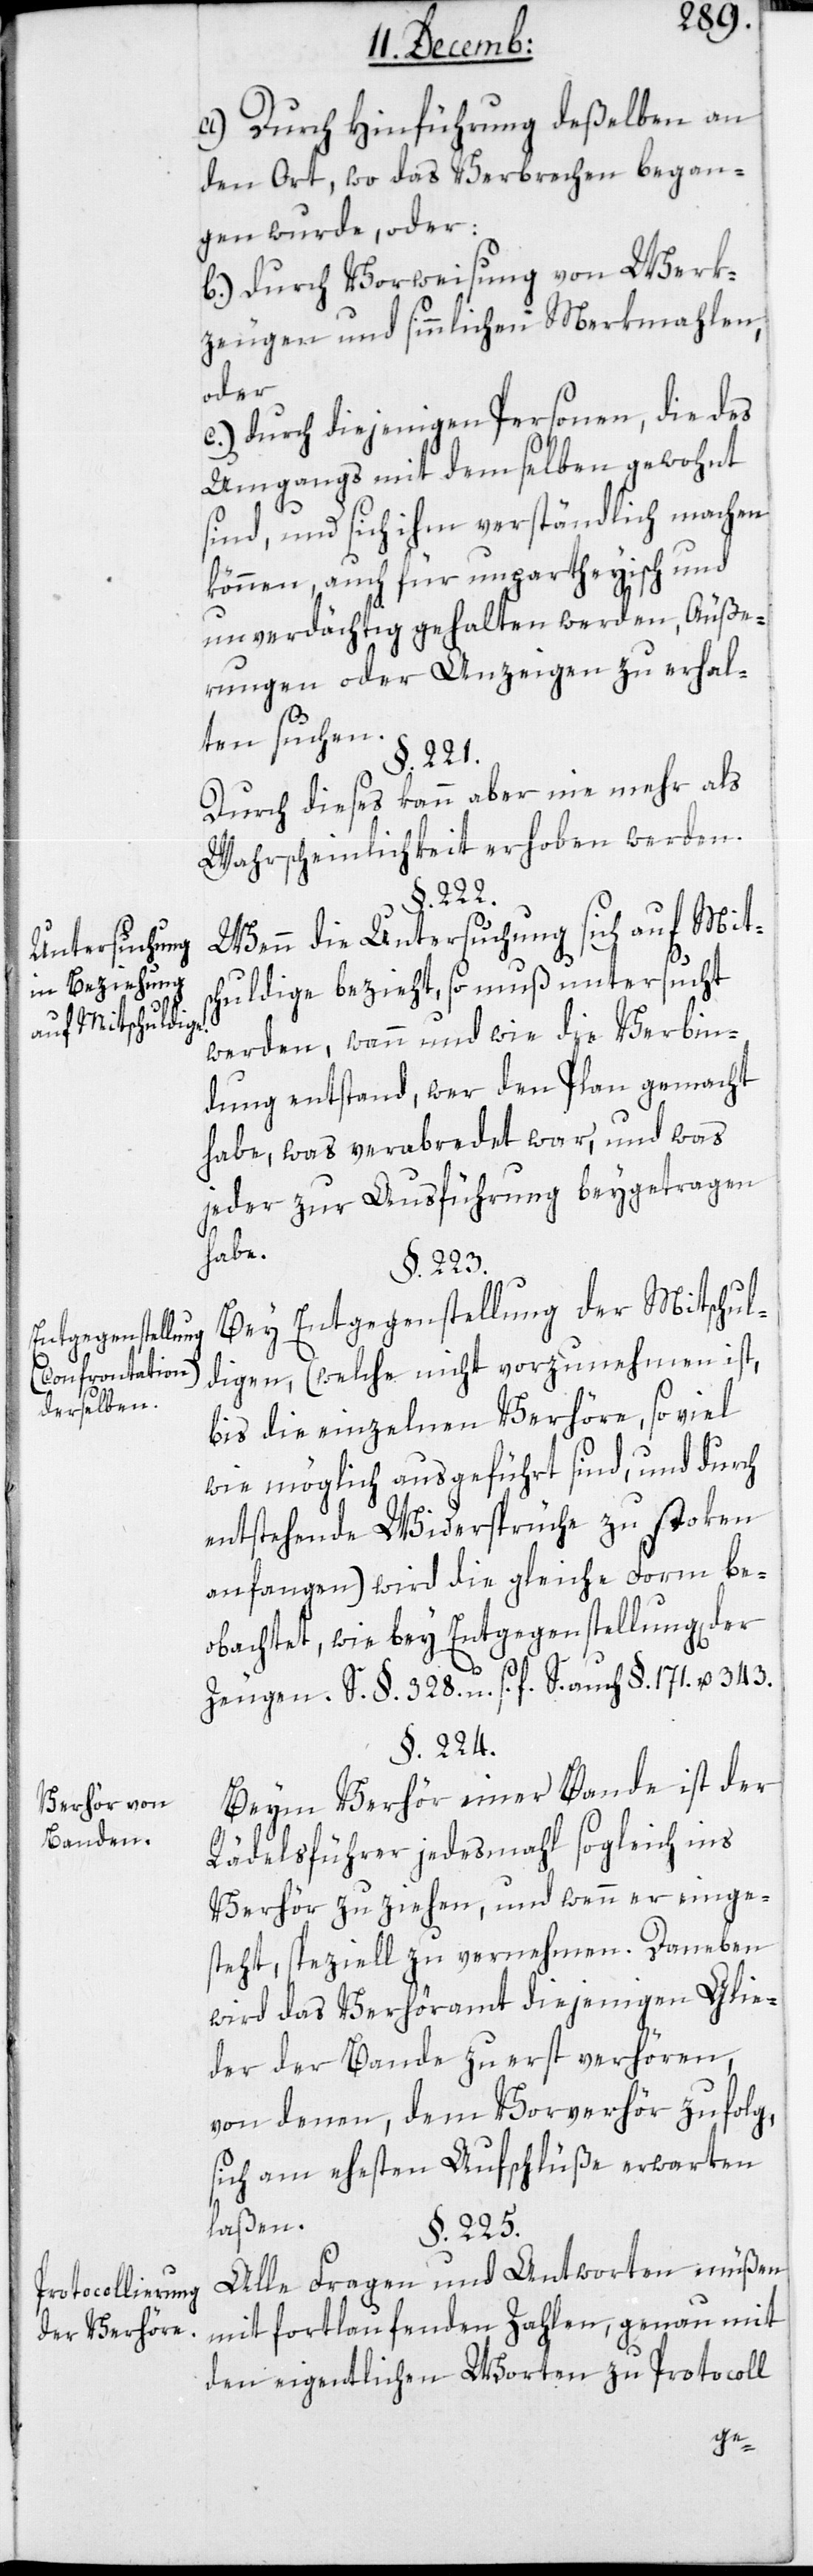
Untersuchung
in Beziehung
auf Mitschuldige.
Entgegenstellung
derselben.
Verhör von
Banden.
Protocollierung
der Verhöre.

a) durch Hinführung deßelben an
den Ort, wo das Verbrechen began¬
gen wurde, oder:
b) durch Vorweisung von Werk¬
zeugen und sinnlichen Merkmahlen,
oder
c) durch diejenigen Personen, die des
Umgangs mit demselben gewohnt
sind, und sich ihm verständlich machen
können, auch für unpartheyisch und
unverdächtig gehalten werden, Äuße¬
rungen oder Anzeigen zu erhal¬
ten suchen.
§. 221.
Durch dieses kann aber nie mehr als
Wahrscheinlichkeit erhoben werden.
§. 222.
Wenn die Untersuchung sich auf Mits¬
chuldige bezieht, so muß untersucht
werden, wann und wie die Verbin¬
dung entstand, wer den Plan gemacht
habe, was verabredet war, und was
jeder zur Ausführung beygetragen
habe.
§. 223.
Bei Entgegenstellung der Mitschul¬
digen, (welche nicht vorzunehmen ist,
bis die einzelnen Verhöre, so viel
wie möglich ausgeführt sind, und durch
entstehende Widersprüche zu stoken
anfangen), wird die gleiche Form be¬
obachtet, wie bey Entgegenstellung der
Zeugen. S. §. 328 u. s. f. S. auch §. 171 u. 343.
§. 224.
Beim Verhör einer Bande ist der
Rädeslführer jedesmahl sogleich ins
Verhör zu ziehen, und wenn er einge¬
steht, speziell zu vernehmen. Daneben
wird das Verhöramt diejenigen Glie¬
der der Bande zuerst verhören,
von denen dem Vorverhör zufolg,
sich am ehesten Aufschlüße erwarten
laßen.
§. 225.
Alle Fragen und Antworten müßen
mit fortlaufenden Zahlen, genau mit
den eigentlichen Worten zu Protocoll